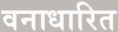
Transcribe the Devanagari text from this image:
वनाधारित